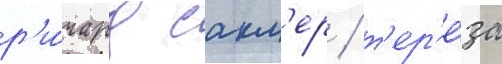
р'и́чард сакл'ер / т'ер'е́за